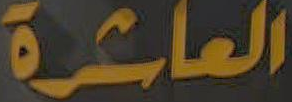
العاشرة